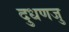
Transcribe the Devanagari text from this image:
दुधणजु